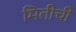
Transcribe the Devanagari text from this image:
मितीची